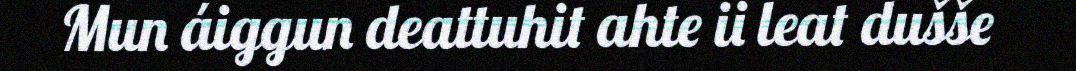
Mun áiggun deattuhit ahte ii leat dušše